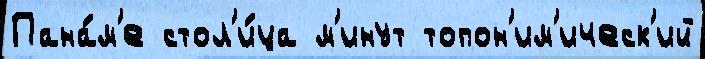
Пана́м'е стол'и́ца м'инут топон'им'ическ'ий